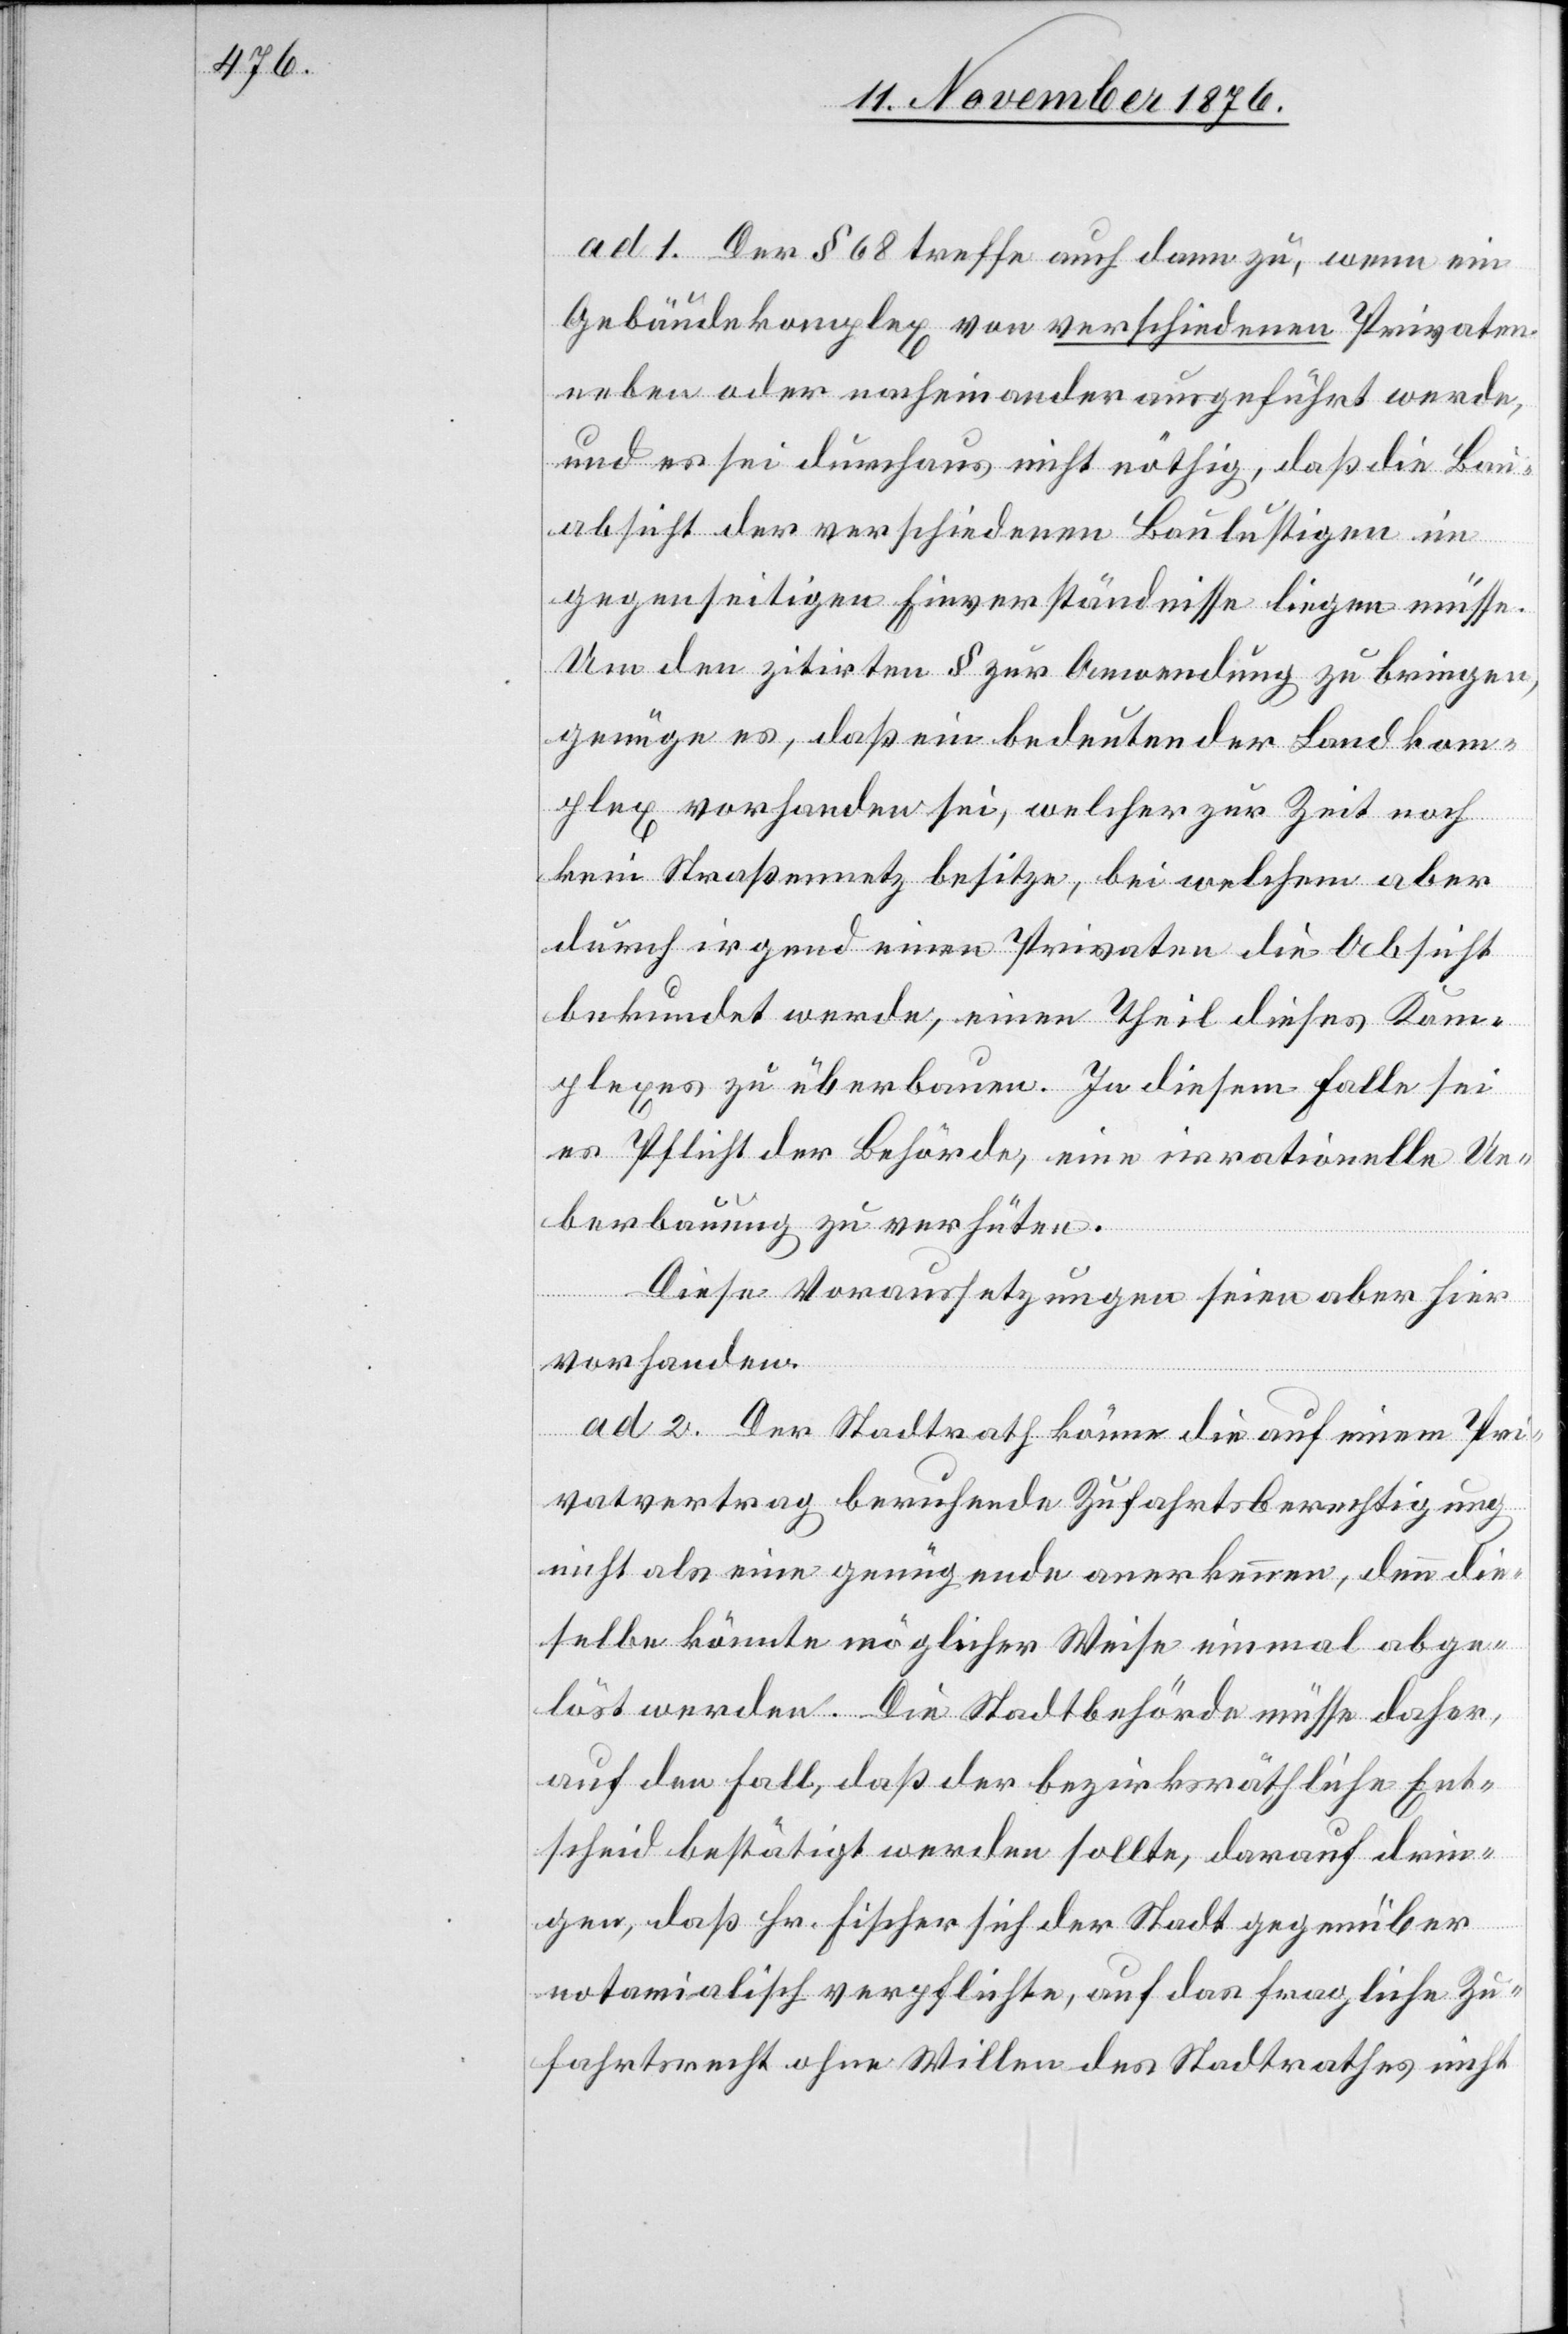
ad 1. Der § 68 treffe auch dann zu, wenn ein
Gebäudekomplex von verschiedenen Privaten
neben oder nacheinander angeführt werde,
und es sei durchaus nicht nöthig, daß die Bau¬
absicht der verschiedenen Baulistigen im
gegenseitigen Einverständnisse liegen müsse.
Um den zitirten § zur Anwendung zu bringen,
genüge es, daß ein bedeutender Landkom¬
plex vorhanden sei, welcher zur Zeit noch
kein Straßennetz besitze, bei welchem aber
durch irgend einen Privaten die Absicht
bekundet werde, einen Theil dieses Kom¬
plexes zu überbauen. In diesem Falle sei
es Pflicht der Behörde, eine irrationelle Ue¬
berbauung zu verhüten.
Diese Voraussetzungen seien aber hier
vorhanden.
ad 2. Der Stadtrath könne die auf einem Pri¬
vatvertrag beruhende Zufahrtsberechtigung
nicht als eine genügende anerkennen, denn die¬
selbe könnte möglicher Weise einmal abge¬
löst werden. Die Stadtbehörde müsse daher,
auf den Fall, das der bezirksräthliche Ent¬
scheid bestätigt werden sollte, darauf drin¬
gen, daß Hr. Fischer sich der Stadt gegenüber
notarialisch verpflichte, auf das fragliche Zu¬
fahrtsrecht ohne Willen des Stadtrathes nicht